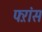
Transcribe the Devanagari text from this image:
फ्ऱांस